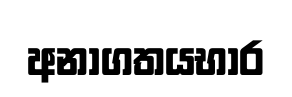
අනාගතයභාර